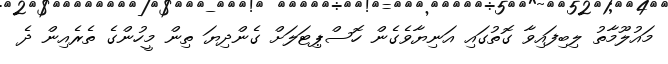
މައުލޫމާތު ލިބިފައިވާ ގޮތުގައި އަނިޔާވެގެން ހޮސްޕިޓަލަށް ގެންދިޔަ ތިން މީހުންގެ ތެރެއިން ދެ